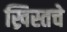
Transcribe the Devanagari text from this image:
ख्रिस्तचे